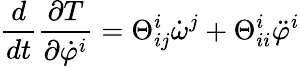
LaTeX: \frac{d}{dt}\frac{\partial T}{\partial\dot{\varphi}^{i}}=\Theta_{ij}^{i}\dot{\omega}^{j}+\Theta_{ii}^{i}\ddot{\varphi}^{i}